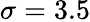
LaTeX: \sigma=3.5